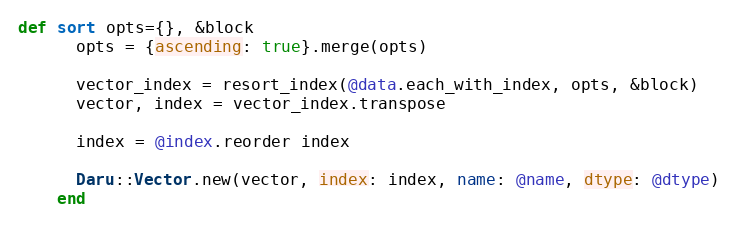
Language: Ruby
def sort opts={}, &block
      opts = {ascending: true}.merge(opts)

      vector_index = resort_index(@data.each_with_index, opts, &block)
      vector, index = vector_index.transpose

      index = @index.reorder index

      Daru::Vector.new(vector, index: index, name: @name, dtype: @dtype)
    end